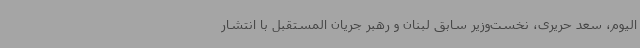
الیوم، سعد حریری، نخست‌وزیر سابق لبنان و رهبر جریان المستقبل با انتشار